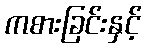
ကစားခြင်းနှင့်